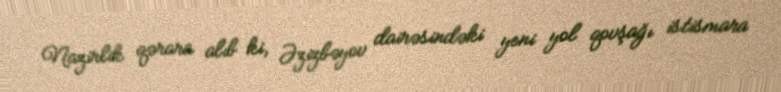
Nazirlik qərara alıb ki, Əzizbəyov dairəsindəki yeni yol qovşağı istismara